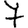
Digit: 7